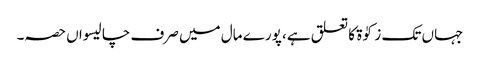
جہاں تک زکوٰۃ کا تعلق ہے، پورے مال میں صرف چالیسواں حصہ۔